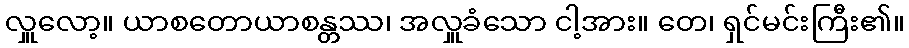
လှူလော့။ ယာစတောယာစန္တဿ၊ အလှူခံသော ငါ့အား။ တေ၊ ရှင်မင်းကြီး၏။